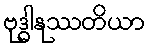
ဗုဒ္ဓါနုဿတိယာ